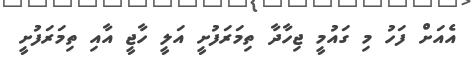
އެއަށް ފަހު މި ގައުމީ ޖިހާދާ ތިމަރަފުށީ އަލީ ހާޖީ އާއި ތިމަރަފުށީ